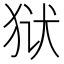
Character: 狱